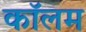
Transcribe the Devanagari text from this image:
काॅलम